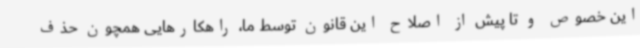
این خصوص و تا پیش از اصلاح این قانون توسط ما، راهکارهایی همچون حذف